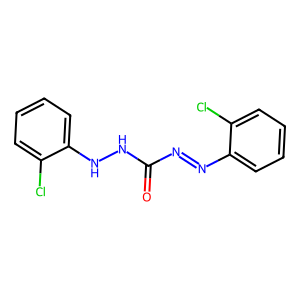
SMILES: O=C(N=Nc1ccccc1Cl)NNc1ccccc1Cl
Inhibits HIV replication: No